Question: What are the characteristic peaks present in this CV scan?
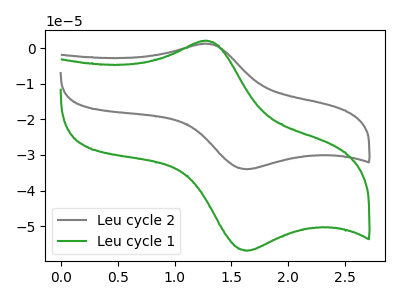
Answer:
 <answer>The gray curve "Leu cycle 2" has an anodic peak at (1.25V, 1.20uA) and a cathodic peak at (1.65V, -34.00uA). The green curve "Leu cycle 1" has an anodic peak at (1.25V, 2.00uA) and a cathodic peak at (1.65V, -56.90uA).</answer>
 <eval></eval>